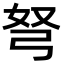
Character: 弩